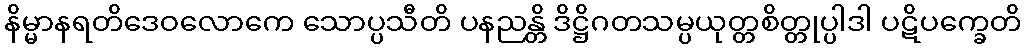
နိမ္မာနရတိဒေဝလောကေ သောပ္ပသီတိ ပနညန္တိ ဒိဋ္ဌိဂတသမ္ပယုတ္တစိတ္တုပ္ပါဒါ ပဋိပက္ခေတိ